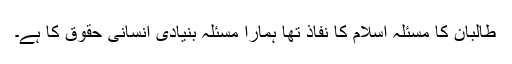
طالبان کا مسئلہ اسلام کا نفاذ تھا ہمارا مسئلہ بنیادی انسانی حقوق کا ہے۔